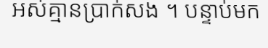
អស់គ្មានប្រាក់សង ។ បន្ទាប់មក